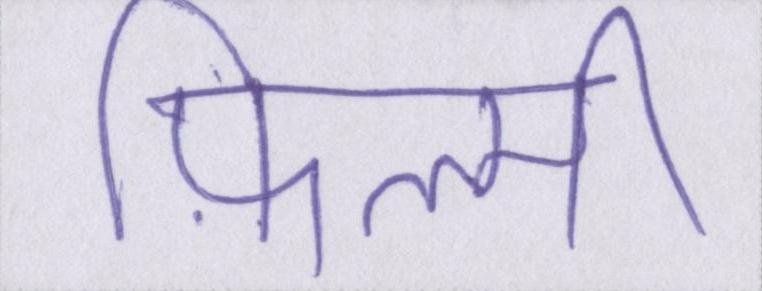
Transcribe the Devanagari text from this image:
फ़िल्मी